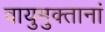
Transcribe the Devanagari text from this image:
वायुमुक्तानां